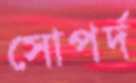
সোপর্দ